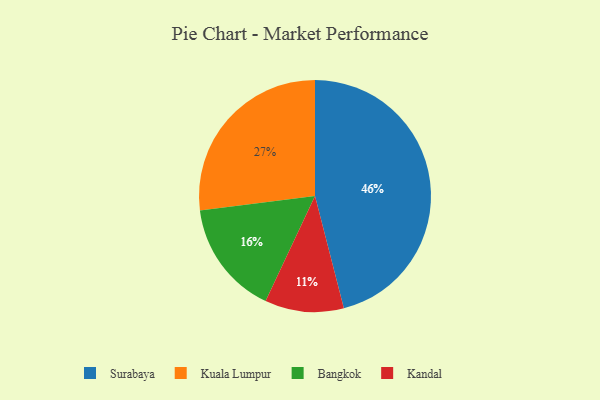
{"axis": {"x": "Category", "y": "Percentage"}, "legend": ["Bangkok", "Kandal", "Kuala Lumpur", "Surabaya"], "data": [{"x": "Surabaya", "y": 46, "type": "Surabaya"}, {"x": "Kandal", "y": 11, "type": "Kandal"}, {"x": "Bangkok", "y": 16, "type": "Bangkok"}, {"x": "Kuala Lumpur", "y": 27, "type": "Kuala Lumpur"}]}